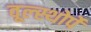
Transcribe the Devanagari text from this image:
वूल्स्थोर्पे